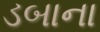
ડબાના